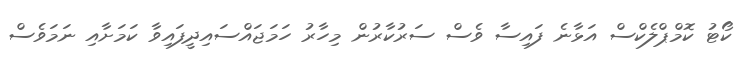
ކޯޓު ކޮމްޕްލެކްސް އަޅާނެ ފައިސާ ވެސް ސަރުކާރުން މިހާރު ހަމަޖައްސައިދީފައިވާ ކަމަށާއި ނަމަވެސް